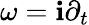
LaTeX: \omega=\mathbf{i}\partial_{t}